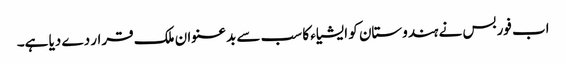
اب فوربس نے ہندوستان کو ایشیاء کا سب سے بدعنوان ملک قرار دے دیا ہے۔